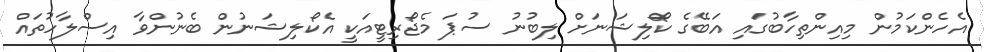
އެހެންކަމުން މިއިންތިހާބުގައި އަބޭގެ ކޯލިޝަނަށް ލިބުނު ސުޕަ މެޖޯރިޓީއަކީ އެކޯލިޝަނުން ބެނުންވާ އިސްލާހުތައް